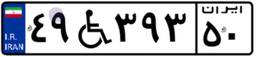
۴۹W۳۹۳۵۰